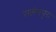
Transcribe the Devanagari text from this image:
सलैमपुरा